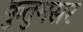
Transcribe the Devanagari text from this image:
कुतुमसर